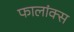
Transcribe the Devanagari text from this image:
फालांक्स